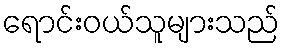
ရောင်းဝယ်သူများသည်